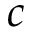
c